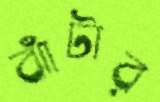
ঝাঁটার